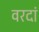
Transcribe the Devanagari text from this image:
वरदां